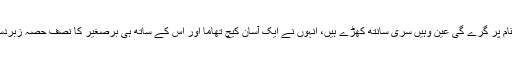
سیکنڈ کے معمولی حصے میں ہی واضح ہوگیا کہ گیند جس مقام پر گرے گی عین وہیں سری سانتھ کھڑے ہیں، انہوں نے ایک آسان کیچ تھاما اور اس کے ساتھ ہی برصغیر کا نصف حصہ زبردست جشن میں ڈوب گیا اور نصف کو غم کی چادر نے اوڑھ لیا۔